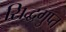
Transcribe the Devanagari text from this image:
सिद्धगुप्त